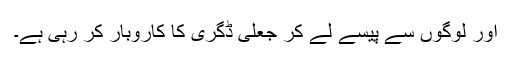
اور لوگوں سے پیسے لے کر جعلی ڈگری کا کاروبار کر رہی ہے۔